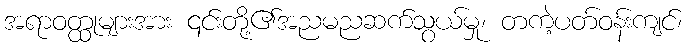
အရာဝတ္ထုများအား ၎င်းတို့၏အညမညဆက်သွယ်မှု၊ တကဲ့ပတ်ဝန်းကျင်၊